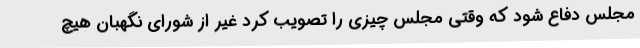
مجلس دفاع شود که وقتی مجلس چیزی را تصویب کرد غیر از شورای نگهبان هیچ